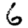
Digit: 6